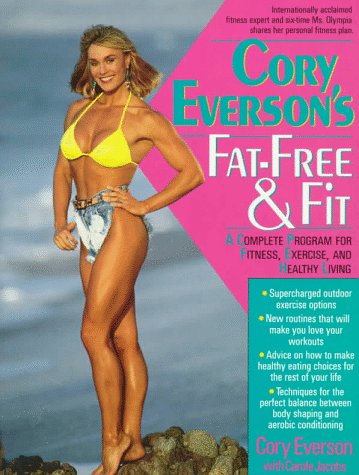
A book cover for Cory Everson's Fat-Free and Fit; Cory Everson; Health, Fitness & Dieting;